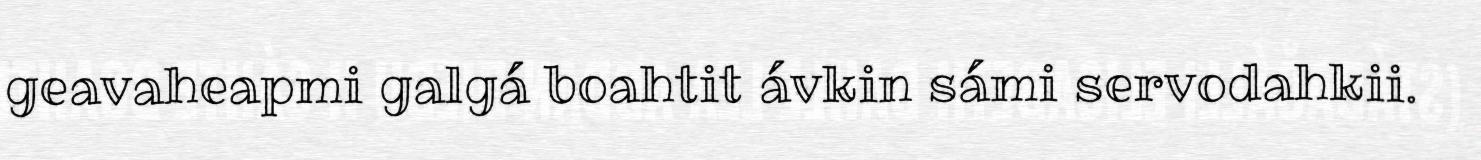
geavaheapmi galgá boahtit ávkin sámi servodahkii.